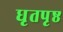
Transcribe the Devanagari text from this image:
धृतपृष्ठ